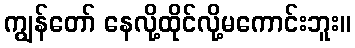
ကျွန်တော် နေလို့ထိုင်လို့မကောင်းဘူး။